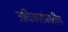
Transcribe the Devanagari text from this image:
अधिकारांसाठीच